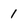
Character: 1